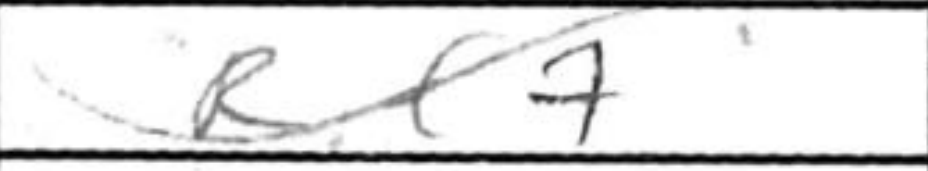
Transcription: Rf7